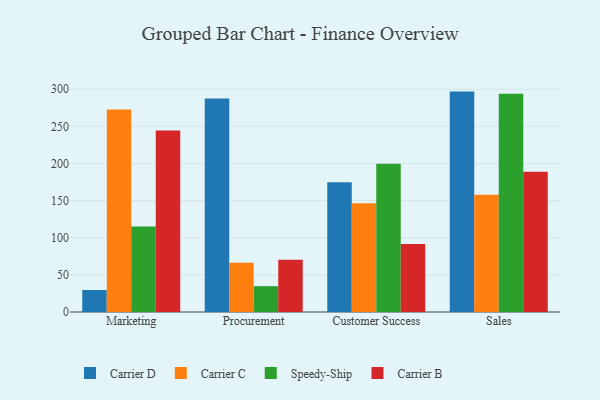
{"axis": {"x": "Department", "y": "Satisfaction Score"}, "legend": ["Carrier B", "Carrier C", "Carrier D", "Speedy-Ship"], "data": [{"x": "Marketing", "y": 29.6, "type": "Carrier D"}, {"x": "Marketing", "y": 272.8, "type": "Carrier C"}, {"x": "Marketing", "y": 115.3, "type": "Speedy-Ship"}, {"x": "Marketing", "y": 244.5, "type": "Carrier B"}, {"x": "Procurement", "y": 287.5, "type": "Carrier D"}, {"x": "Procurement", "y": 66.2, "type": "Carrier C"}, {"x": "Procurement", "y": 34.8, "type": "Speedy-Ship"}, {"x": "Procurement", "y": 70.3, "type": "Carrier B"}, {"x": "Customer Success", "y": 174.6, "type": "Carrier D"}, {"x": "Customer Success", "y": 146.6, "type": "Carrier C"}, {"x": "Customer Success", "y": 199.7, "type": "Speedy-Ship"}, {"x": "Customer Success", "y": 91.5, "type": "Carrier B"}, {"x": "Sales", "y": 296.8, "type": "Carrier D"}, {"x": "Sales", "y": 157.9, "type": "Carrier C"}, {"x": "Sales", "y": 293.9, "type": "Speedy-Ship"}, {"x": "Sales", "y": 188.9, "type": "Carrier B"}]}